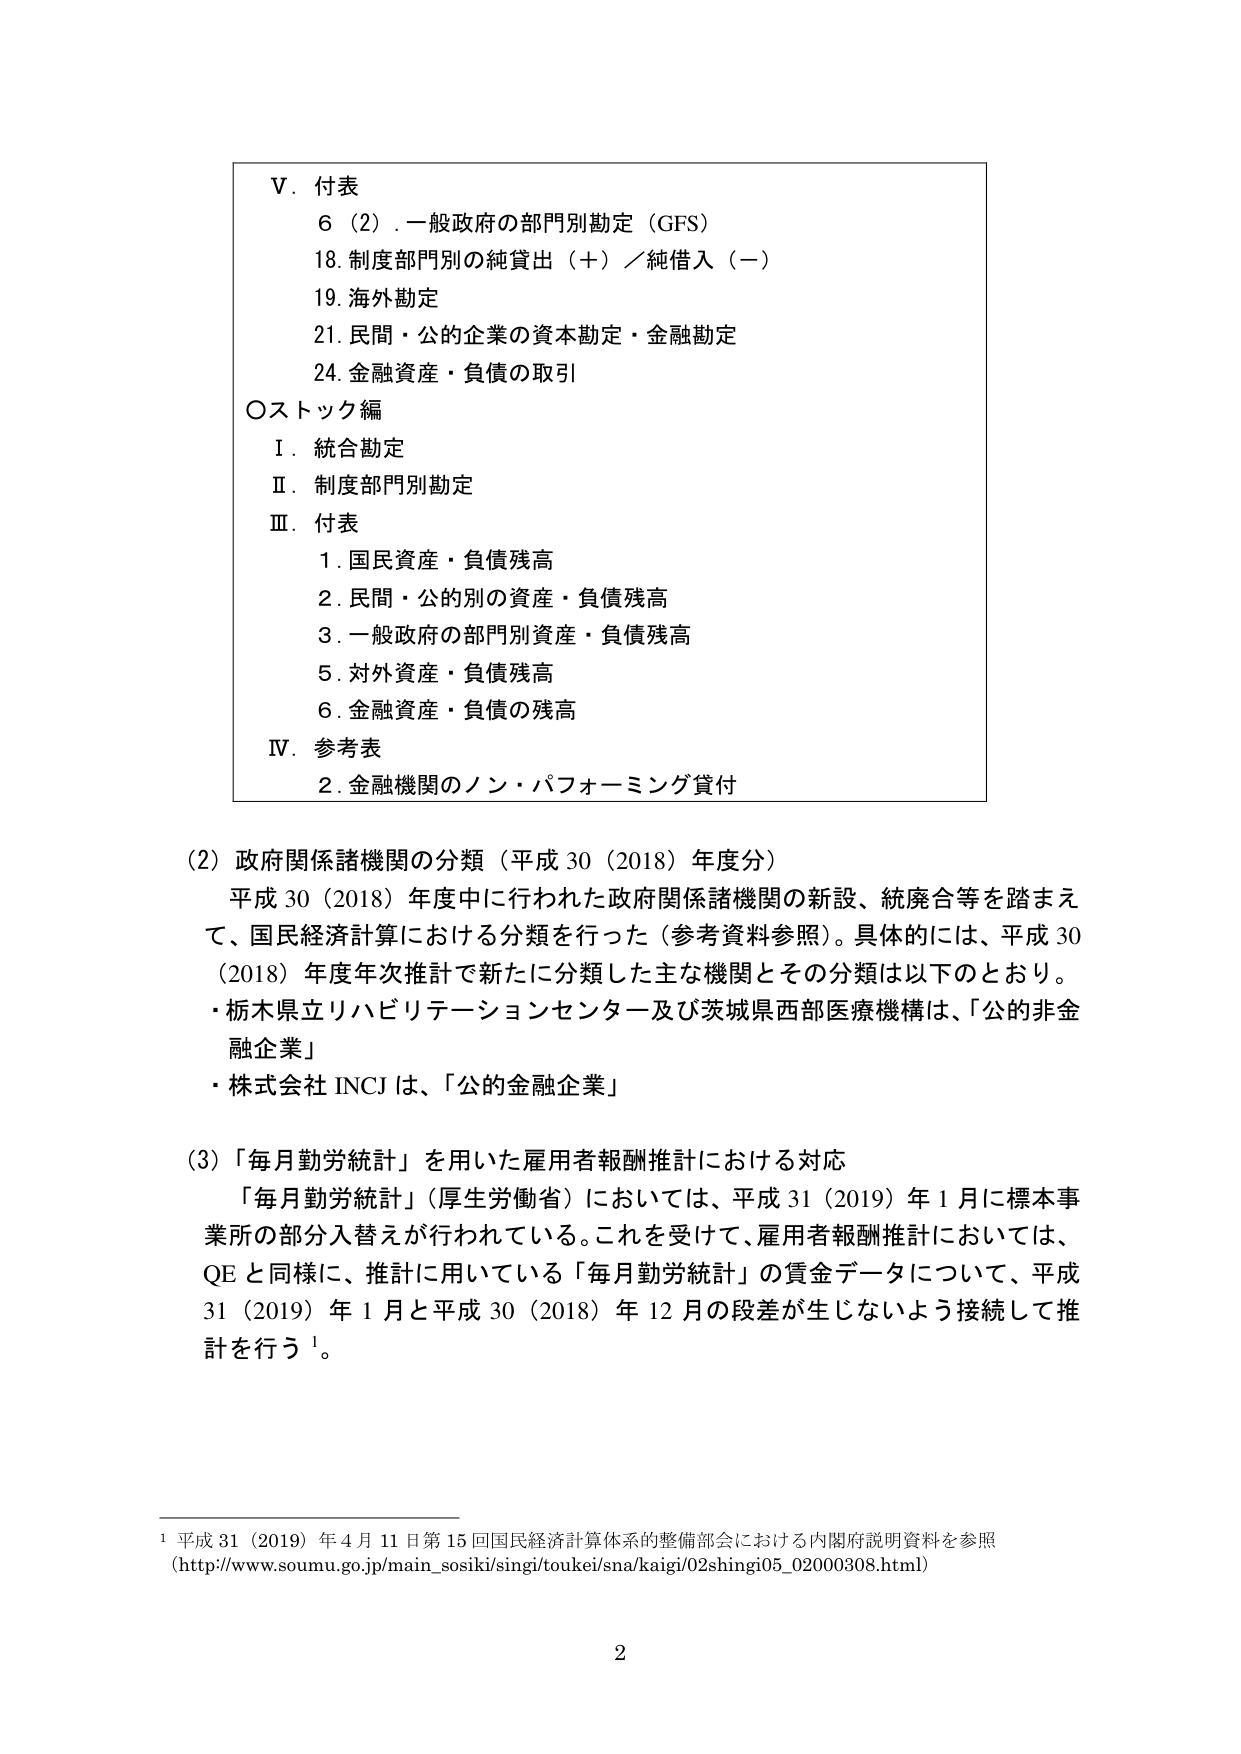
V. 付表
6（2）. 一般政府の部門別勘定（GFS）
18. 制度部門別の純貸出（＋）／純借入（－）
19. 海外勘定
21. 民間・公の企業の資本勘定・金融勘定
24. 金融資産・負債の取引

〇ストック編
Ⅰ. 統合勘定
Ⅱ. 制度部門別勘定
Ⅲ. 付表
　1. 国民資産・負債残高
　2. 民間・公的別の資産・負債残高
　3. 一般政府の部門別資産・負債残高
　5. 対外資産・負債残高
　6. 金融資産・負債の残高
Ⅳ. 参考表
　2. 金融機関のノン・パフォーミング貸付

（2）政府関係諸機関の分類（平成30（2018）年度分）
　平成30（2018）年度中に行われた政府関係諸機関の新設、統廃合等を踏まえて、国民経済計算における分類を行った（参考資料参照）。具体的には、平成30（2018）年度年次推計で新たに分類した主な機関とその分類は以下のとおり。
　・栃木県立リハビリテーションセンター及び茨城県西部医療機構は、「公的非金融企業」
　・株式会社INCJは、「公的金融企業」

（3）「毎月勤労統計」を用いた雇用者報酬推計における対応
　「毎月勤労統計」（厚生労働省）においては、平成31（2019）年1月に標本事業所の部分入替えが行われている。これを受けて、雇用者報酬推計においては、QEと同様に、推計に用いている「毎月勤労統計」の賃金データについて、平成31（2019）年1月と平成30（2018）年12月の段差が生じないよう接続して推計を行う¹。

¹ 平成31（2019）年4月11日第15回国民経済計算体系の整備部会における内閣府説明資料を参照
（http://www.soumu.go.jp/main_sosiki/singi/toukei/sna/kaigi/02shingi05_02000308.html）

2